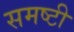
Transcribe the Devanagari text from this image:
समष्टी